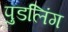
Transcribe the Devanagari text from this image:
पुडलिंग